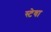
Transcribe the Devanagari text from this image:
स्टेवा